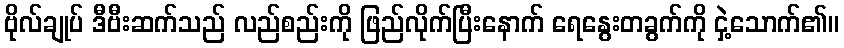
ဗိုလ်ချုပ် ဒီဗီးဆက်သည် လည်စည်းကို ဖြည်လိုက်ပြီးနောက် ရေနွေးတခွက်ကို ငှဲ့သောက်၏။